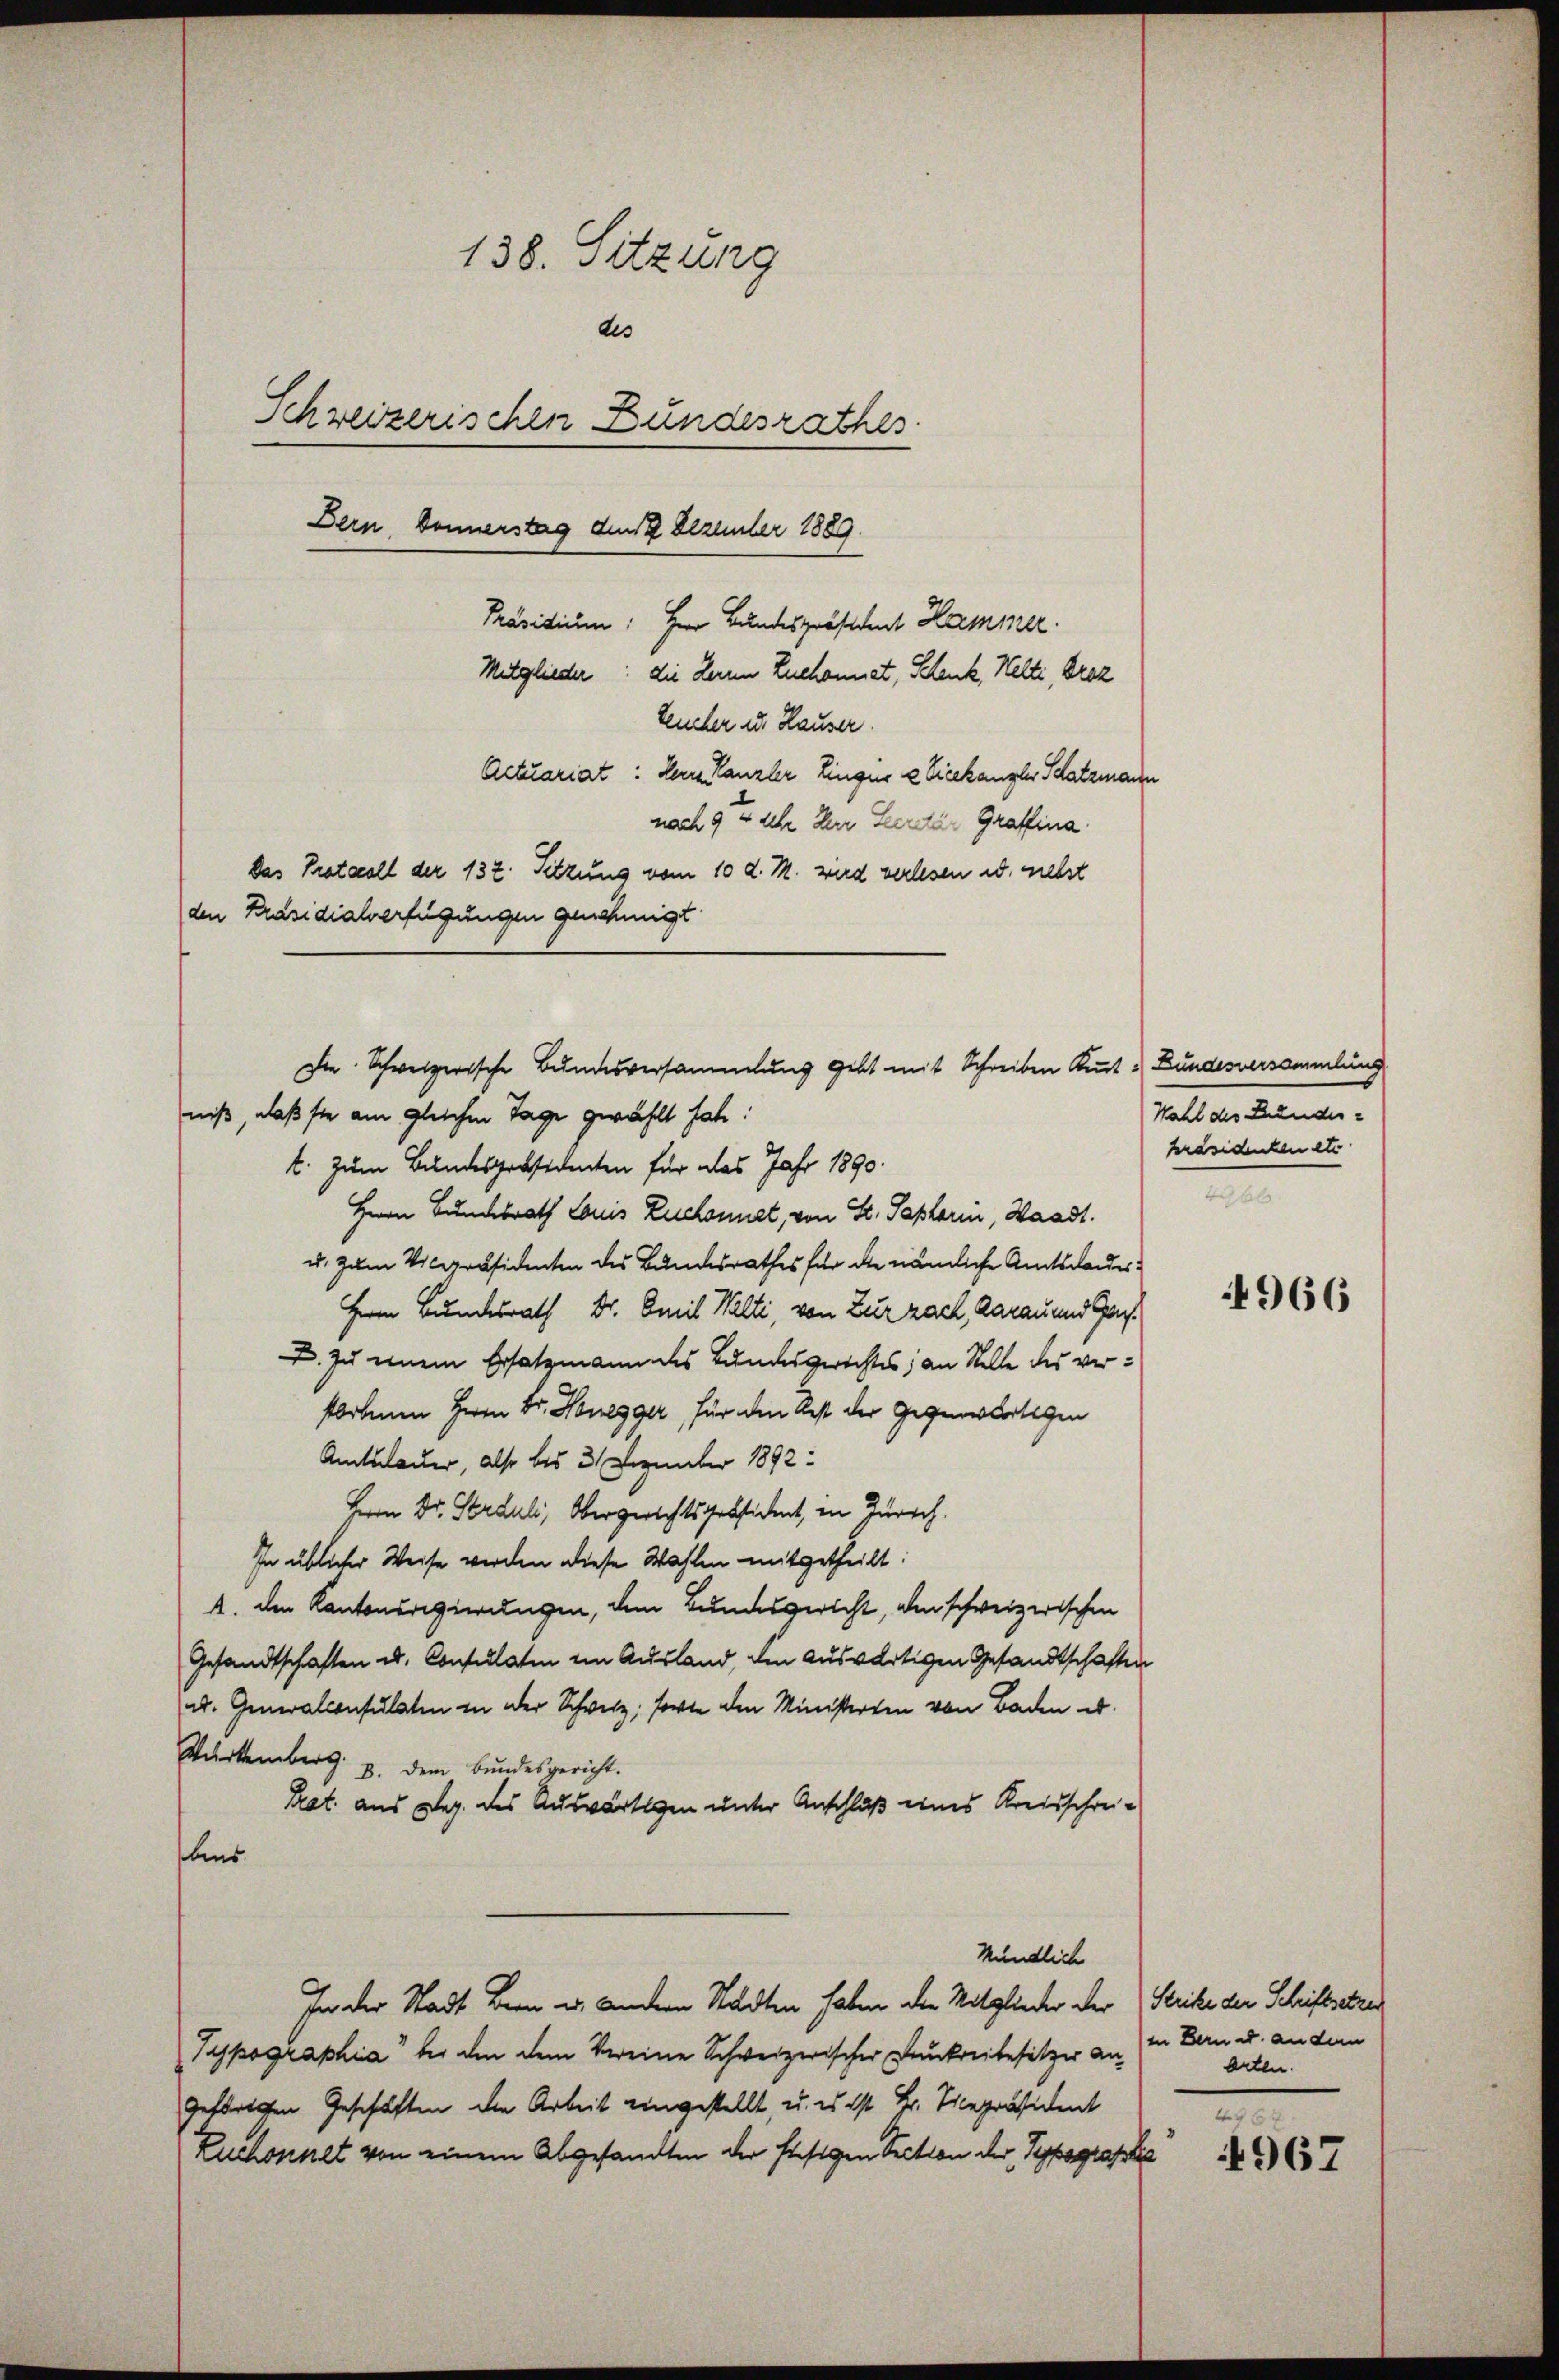
138. Sitzung
des
Schreizerischen Bundesrathes
Dern, Donnerstag den 2 Dezember 1889.
Prävitium. Herr Bundespräsident Hammer.
Mitglieder: die Herren Zuchonnet, Schenk, Welti, Droz
teucher u. Hauser.
Actuariat: Herr Kanzler Eingen & Vicekanzler Schatzmann
nach 9 4 sehr Herr Seerdar Graffina
das Protocoll der 132. Sitzung vom 10 d. M. wird verlesen u. nebst
den Präsidialverfügungen genehmigt.

Die Schweizerische Bundesversammlung gebt mit Schreiben Kennt: Bundesversammlung
niß, daß sie am gleichen Tage gewählt habe:
t. zum Bundespräsidenten für das Jahr 1890.

Herrn Bundesrath Louis Zuschonnet, von St. Paplarin, Waadt.
u. zum Vicepräsidenten des Bundesrathes für die nämliche Amtsdauer¬
Herrn Bundesrath Dr. Emil Welti, von Zurzach, darau und Ga
D. zu einem Ersatzmann des Bundesgerichtes; an Stelle des verstorbenen Herrn Dr. Honegger, für den Rest der Gegenwärtigen
Amtsdauer, also bis 31 Dezember 1892:
Herrn Dr. Strauli, Obergerichtspräsident, in Zürich.
In üblicher Weise werden diese Wahlen mitgetheilt:
4. den Kantonsregierungen, dem Bundesgericht, den schweizerischen
Gesandtschaften u. Consulaten im Ausland, den auswärtigen Gesandtschaften
u. Generalconsulaten in der Schweiz, sowie den Ministerten von Baden u.
Würtemberg. p. dem Bundesgericht.
Prat. aus Reg. des Auswärtigen unter Anschluß eines Kreisschrei¬
Ans
Mündlich
In der Stadt Bern u. andern Städten haben die Mitglieder der Stricke der Schriftstre
Typographia“ bei den dem Vereine Schweizerischer Druckreibesitzer an in Bern u. an den
geförtchen Geschäften die Arbeit eingestellt, u. es ist Hr. Vicepräsident
Zuchonnet von einem Abgesandten der hiesigen Section der Typographis

Wahl des Bundespräsidenten etc
496.

4966

Arten.
3

967